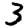
Digit: 3